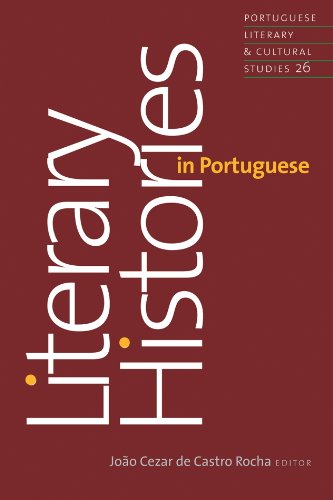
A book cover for Literary Histories in Portuguese (Portuguese Literary and Cultural Studies); Literature & Fiction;